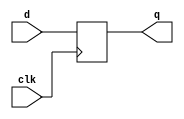
/*
 * schoolMIPS - small MIPS CPU for "Young Russian Chip Architects" 
 *              summer school ( yrca@googlegroups.com )
 *
 * originally based on Sarah L. Harris MIPS CPU 
 * 
 * Copyright(c) 2017-2018 Stanislav Zhelnio
 */ 

module sm_register
#(
    parameter WIDTH = 1
)
(
    input                        clk,
    input      [ WIDTH - 1 : 0 ] d,
    output reg [ WIDTH - 1 : 0 ] q
);
    always @ (posedge clk)
        q <= d;
endmodule


module sm_register_c
#(
    parameter WIDTH = 1
)
(
    input                        clk,
    input                        rst_n,
    input      [ WIDTH - 1 : 0 ] d,
    output reg [ WIDTH - 1 : 0 ] q
);
    localparam RESET = { WIDTH { 1'b0 } };

    always @ (posedge clk or negedge rst_n)
        if(~rst_n)
            q <= RESET;
        else
            q <= d;
endmodule


module sm_register_we
#(
    parameter WIDTH = 1
)
(
    input                        clk,
    input                        rst_n,
    input                        we,
    input      [ WIDTH - 1 : 0 ] d,
    output reg [ WIDTH - 1 : 0 ] q
);
    localparam RESET = { WIDTH { 1'b0 } };
    
    always @ (posedge clk or negedge rst_n)
        if(~rst_n)
            q <= RESET;
        else
            if(we) q <= d;
endmodule

module sm_register_cs
#(
    parameter WIDTH = 1
)
(
    input                        clk,
    input                        rst_n,
    input                        clr_n,
    input      [ WIDTH - 1 : 0 ] d,
    output     [ WIDTH - 1 : 0 ] q
);
    localparam RESET = { WIDTH { 1'b0 } };
    wire [ WIDTH - 1 : 0 ] dc = ~clr_n ? RESET : d;

    sm_register_c #(WIDTH) r_cs (clk, rst_n, dc, q);

endmodule

module sm_register_wes
#(
    parameter WIDTH = 1
)
(
    input                        clk,
    input                        rst_n,
    input                        clr_n,
    input                        we,
    input      [ WIDTH - 1 : 0 ] d,
    output     [ WIDTH - 1 : 0 ] q
);
    localparam RESET = { WIDTH { 1'b0 } };
    wire [ WIDTH - 1 : 0 ] dc = ~clr_n ? RESET : d;

    sm_register_we #(WIDTH) r_cs (clk, rst_n, we, dc, q);

endmodule